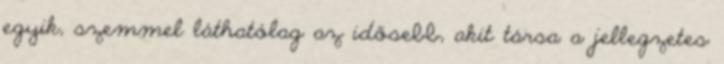
egyik, szemmel láthatólag az idősebb, akit társa a jellegzetes